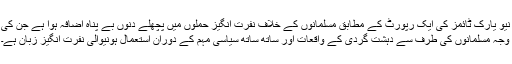
نیو یارک ٹائمز کی ایک رپورٹ کے مطابق مسلمانوں کے خلاف نفرت انگیز حملوں میں پچھلے دنوں بے پناہ اضافہ ہوا ہے جن کی
وجہ مسلمانوں کی طرف سے دہشت گردی کے واقعات اور ساتھ ساتھ سیاسی مہم کے دوران استعمال ہونیوالی نفرت انگیز زبان ہے۔